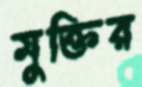
মুক্তির